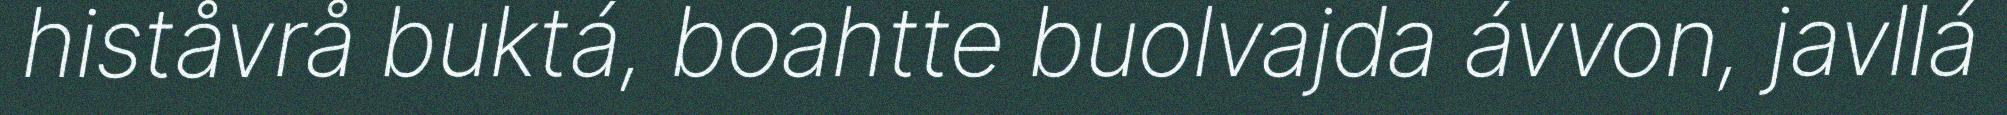
histåvrå buktá, boahtte buolvajda ávvon, javllá